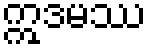
ဣဒမဿ